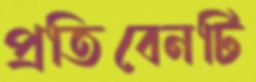
প্রতিবেনটি